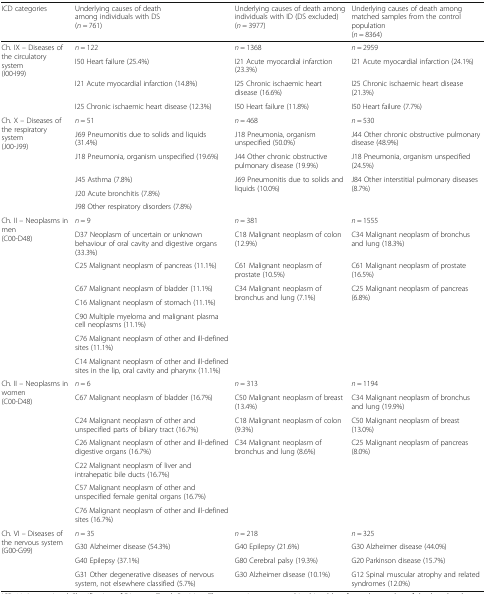
<table><thead><tr><td><b>ICD categories</b></td><td><b>Underlying causes of death among individuals with DS(<i>n</i> = 761)</b></td><td><b>Underlying causes of death among individuals with ID (DS excluded)(<i>n</i> = 3977)</b></td><td><b>Underlying causes of death among matched samples from the control population(<i>n</i> = 8364)</b></td></tr></thead><tbody><tr><td rowspan="4">Ch. IX – Diseases of the circulatory system(I00-I99)</td><td><i>n</i> = 122</td><td><i>n</i> = 1368</td><td><i>n</i> = 2959</td></tr><tr><td>I50 Heart failure (25.4%)</td><td>I21 Acute myocardial infarction (23.3%)</td><td>I21 Acute myocardial infarction (24.1%)</td></tr><tr><td>I21 Acute myocardial infarction (14.8%)</td><td>I25 Chronic ischaemic heart disease (16.6%)</td><td>I25 Chronic ischaemic heart disease (21.3%)</td></tr><tr><td>I25 Chronic ischaemic heart disease (12.3%)</td><td>I50 Heart failure (11.8%)</td><td>I50 Heart failure (7.7%)</td></tr><tr><td rowspan="6">Ch. X – Diseases of the respiratory system(J00-J99)</td><td><i>n</i> = 51</td><td><i>n</i> = 468</td><td><i>n</i> = 530</td></tr><tr><td>J69 Pneumonitis due to solids and liquids (31.4%)</td><td>J18 Pneumonia, organism unspecified (50.0%)</td><td>J44 Other chronic obstructive pulmonary disease (48.9%)</td></tr><tr><td>J18 Pneumonia, organism unspecified (19.6%)</td><td>J44 Other chronic obstructive pulmonary disease (19.9%)</td><td>J18 Pneumonia, organism unspecified (24.5%)</td></tr><tr><td>J45 Asthma (7.8%)</td><td rowspan="3">J69 Pneumonitis due to solids and liquids (10.0%)</td><td rowspan="3">J84 Other interstitial pulmonary diseases (8.7%)</td></tr><tr><td>J20 Acute bronchitis (7.8%)</td></tr><tr><td>J98 Other respiratory disorders (7.8%)</td></tr><tr><td rowspan="8">Ch. II – Neoplasms in men(C00-D48)</td><td><i>n</i> = 9</td><td><i>n</i> = 381</td><td><i>n</i> = 1555</td></tr><tr><td>D37 Neoplasm of uncertain or unknown behaviour of oral cavity and digestive organs (33.3%)</td><td>C18 Malignant neoplasm of colon (12.9%)</td><td>C34 Malignant neoplasm of bronchus and lung (18.3%)</td></tr><tr><td>C25 Malignant neoplasm of pancreas (11.1%)</td><td>C61 Malignant neoplasm of prostate (10.5%)</td><td>C61 Malignant neoplasm of prostate (16.5%)</td></tr><tr><td>C67 Malignant neoplasm of bladder (11.1%)</td><td rowspan="5">C34 Malignant neoplasm of bronchus and lung (7.1%)</td><td rowspan="5">C25 Malignant neoplasm of pancreas (6.8%)</td></tr><tr><td>C16 Malignant neoplasm of stomach (11.1%)</td></tr><tr><td>C90 Multiple myeloma and malignant plasma cell neoplasms (11.1%)</td></tr><tr><td>C76 Malignant neoplasm of other and ill-defined sites (11.1%)</td></tr><tr><td>C14 Malignant neoplasm of other and ill-defined sites in the lip, oral cavity and pharynx (11.1%)</td></tr><tr><td rowspan="7">Ch. II – Neoplasms in women(C00-D48)</td><td><i>n</i> = 6</td><td><i>n</i> = 313</td><td><i>n</i> = 1194</td></tr><tr><td>C67 Malignant neoplasm of bladder (16.7%)</td><td>C50 Malignant neoplasm of breast (13.4%)</td><td>C34 Malignant neoplasm of bronchus and lung (19.9%)</td></tr><tr><td>C24 Malignant neoplasm of other and unspecified parts of biliary tract (16.7%)</td><td>C18 Malignant neoplasm of colon (9.3%)</td><td>C50 Malignant neoplasm of breast (13.0%)</td></tr><tr><td>C26 Malignant neoplasm of other and ill-defined digestive organs (16.7%)</td><td rowspan="4">C34 Malignant neoplasm of bronchus and lung (8.6%)</td><td rowspan="4">C25 Malignant neoplasm of pancreas (8.0%)</td></tr><tr><td>C22 Malignant neoplasm of liver and intrahepatic bile ducts (16.7%)</td></tr><tr><td>C57 Malignant neoplasm of other and unspecified female genital organs (16.7%)</td></tr><tr><td>C76 Malignant neoplasm of other and ill-defined sites (16.7%)</td></tr><tr><td rowspan="4">Ch. VI – Diseases of the nervous system(G00-G99)</td><td><i>n</i> = 35</td><td><i>n</i> = 218</td><td><i>n</i> = 325</td></tr><tr><td>G30 Alzheimer disease (54.3%)</td><td>G40 Epilepsy (21.6%)</td><td>G30 Alzheimer disease (44.0%)</td></tr><tr><td>G40 Epilepsy (37.1%)</td><td>G80 Cerebral palsy (19.3%)</td><td>G20 Parkinson disease (15.7%)</td></tr><tr><td>G31 Other degenerative diseases of nervous system, not elsewhere classified (5.7%)</td><td>G30 Alzheimer disease (10.1%)</td><td>G12 Spinal muscular atrophy and related syndromes (12.0%)</td></tr></tbody></table>